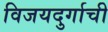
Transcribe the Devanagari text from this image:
विजयदुर्गाची